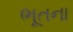
ભૂતના